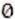
0